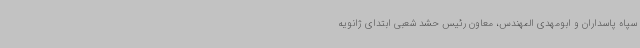
سپاه پاسداران و ابومهدی المهندس، معاون رئیس حشد شعبی ابتدای ژانویه